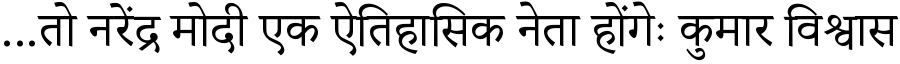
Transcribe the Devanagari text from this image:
...तो नरेंद्र मोदी एक ऐतिहासिक नेता होंगेः कुमार विश्वास